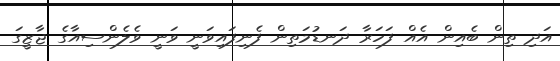
އަދި ތިން ބެއިން އެއް ފަހަރާ ދަނޑުމަތިން ފެނިފައިވަނީ ވަނީ ވެލެންސިއާގެ ޖާޒީގަ